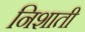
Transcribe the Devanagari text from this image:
निशाती